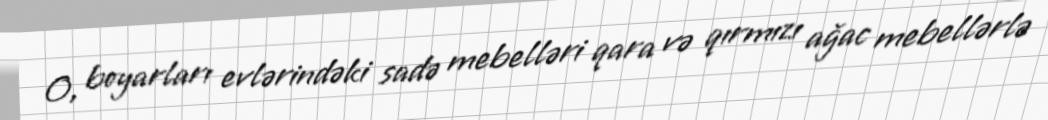
O, boyarları evlərindəki sadə mebelləri qara və qırmızı ağac mebellərlə